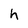
Character: h